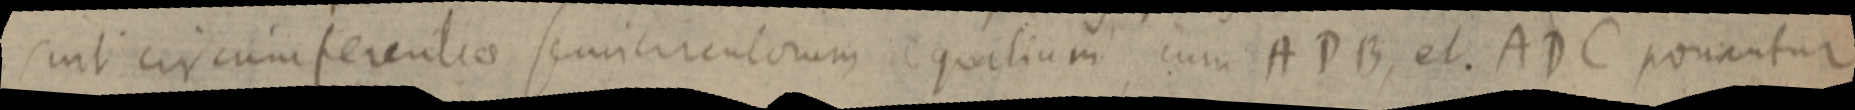
suit circumferentiae semicirculorum aequalium cum ADB, et. ADC ponantur